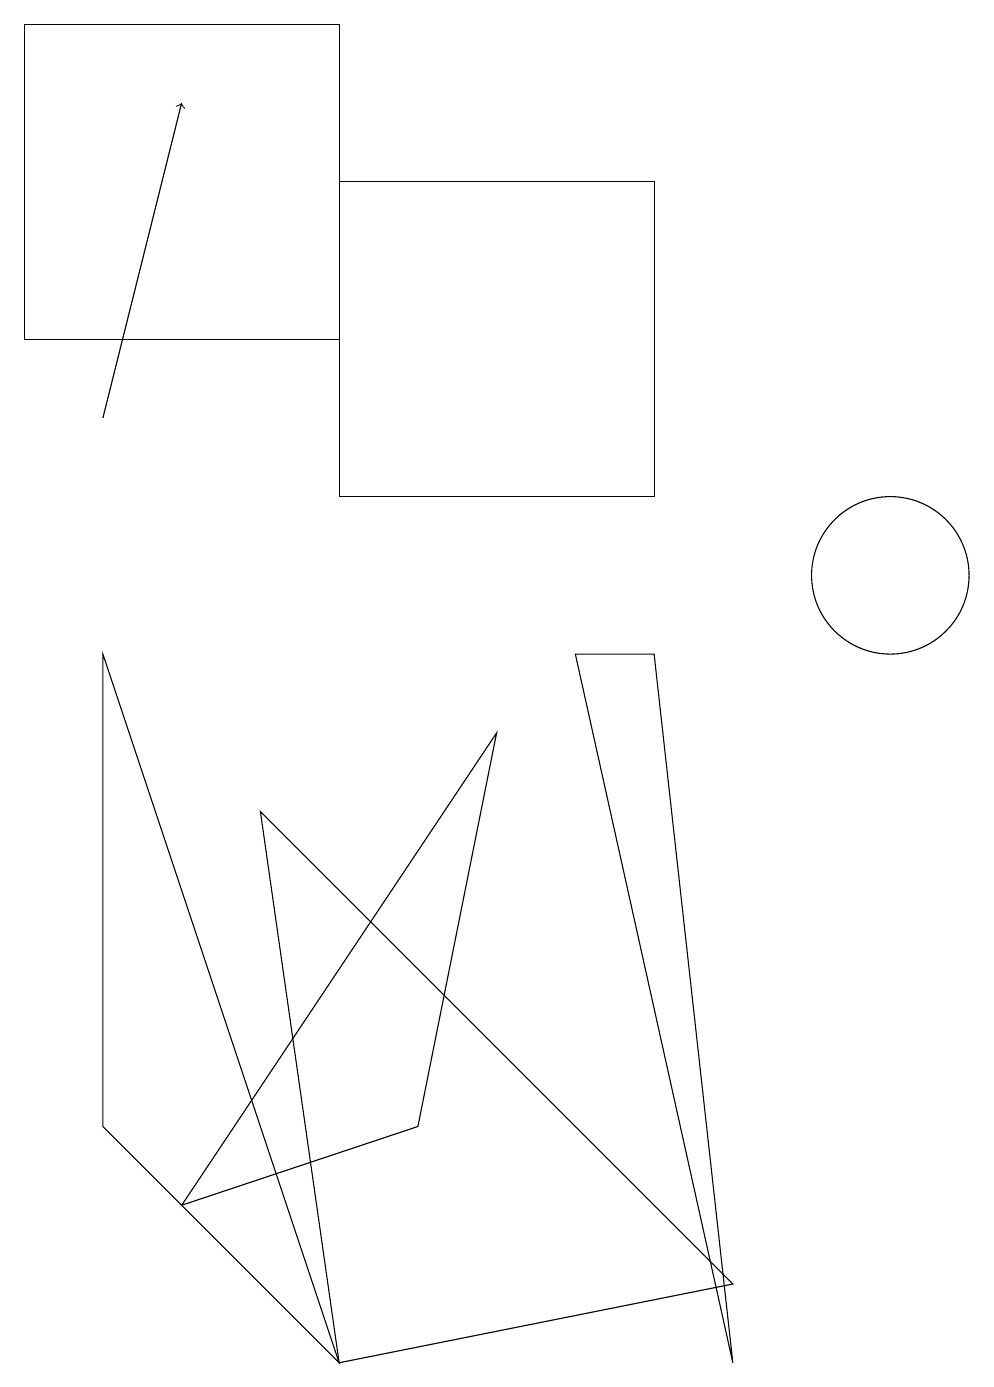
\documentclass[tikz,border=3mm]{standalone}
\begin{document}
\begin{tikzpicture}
\draw (11,10) circle (1);
\draw (4,0) -- (3,7) -- (9,1) -- cycle;
\draw (5,3) -- (2,2) -- (6,8) -- cycle;
\draw (0,13) rectangle (4,17);
\draw[->] (1,12) -- (2,16);
\draw (7,9) -- (8,9) -- (9,0) -- cycle;
\draw (1,9) -- (1,3) -- (4,0) -- cycle;
\draw (4,15) rectangle (8,11);
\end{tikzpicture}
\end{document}